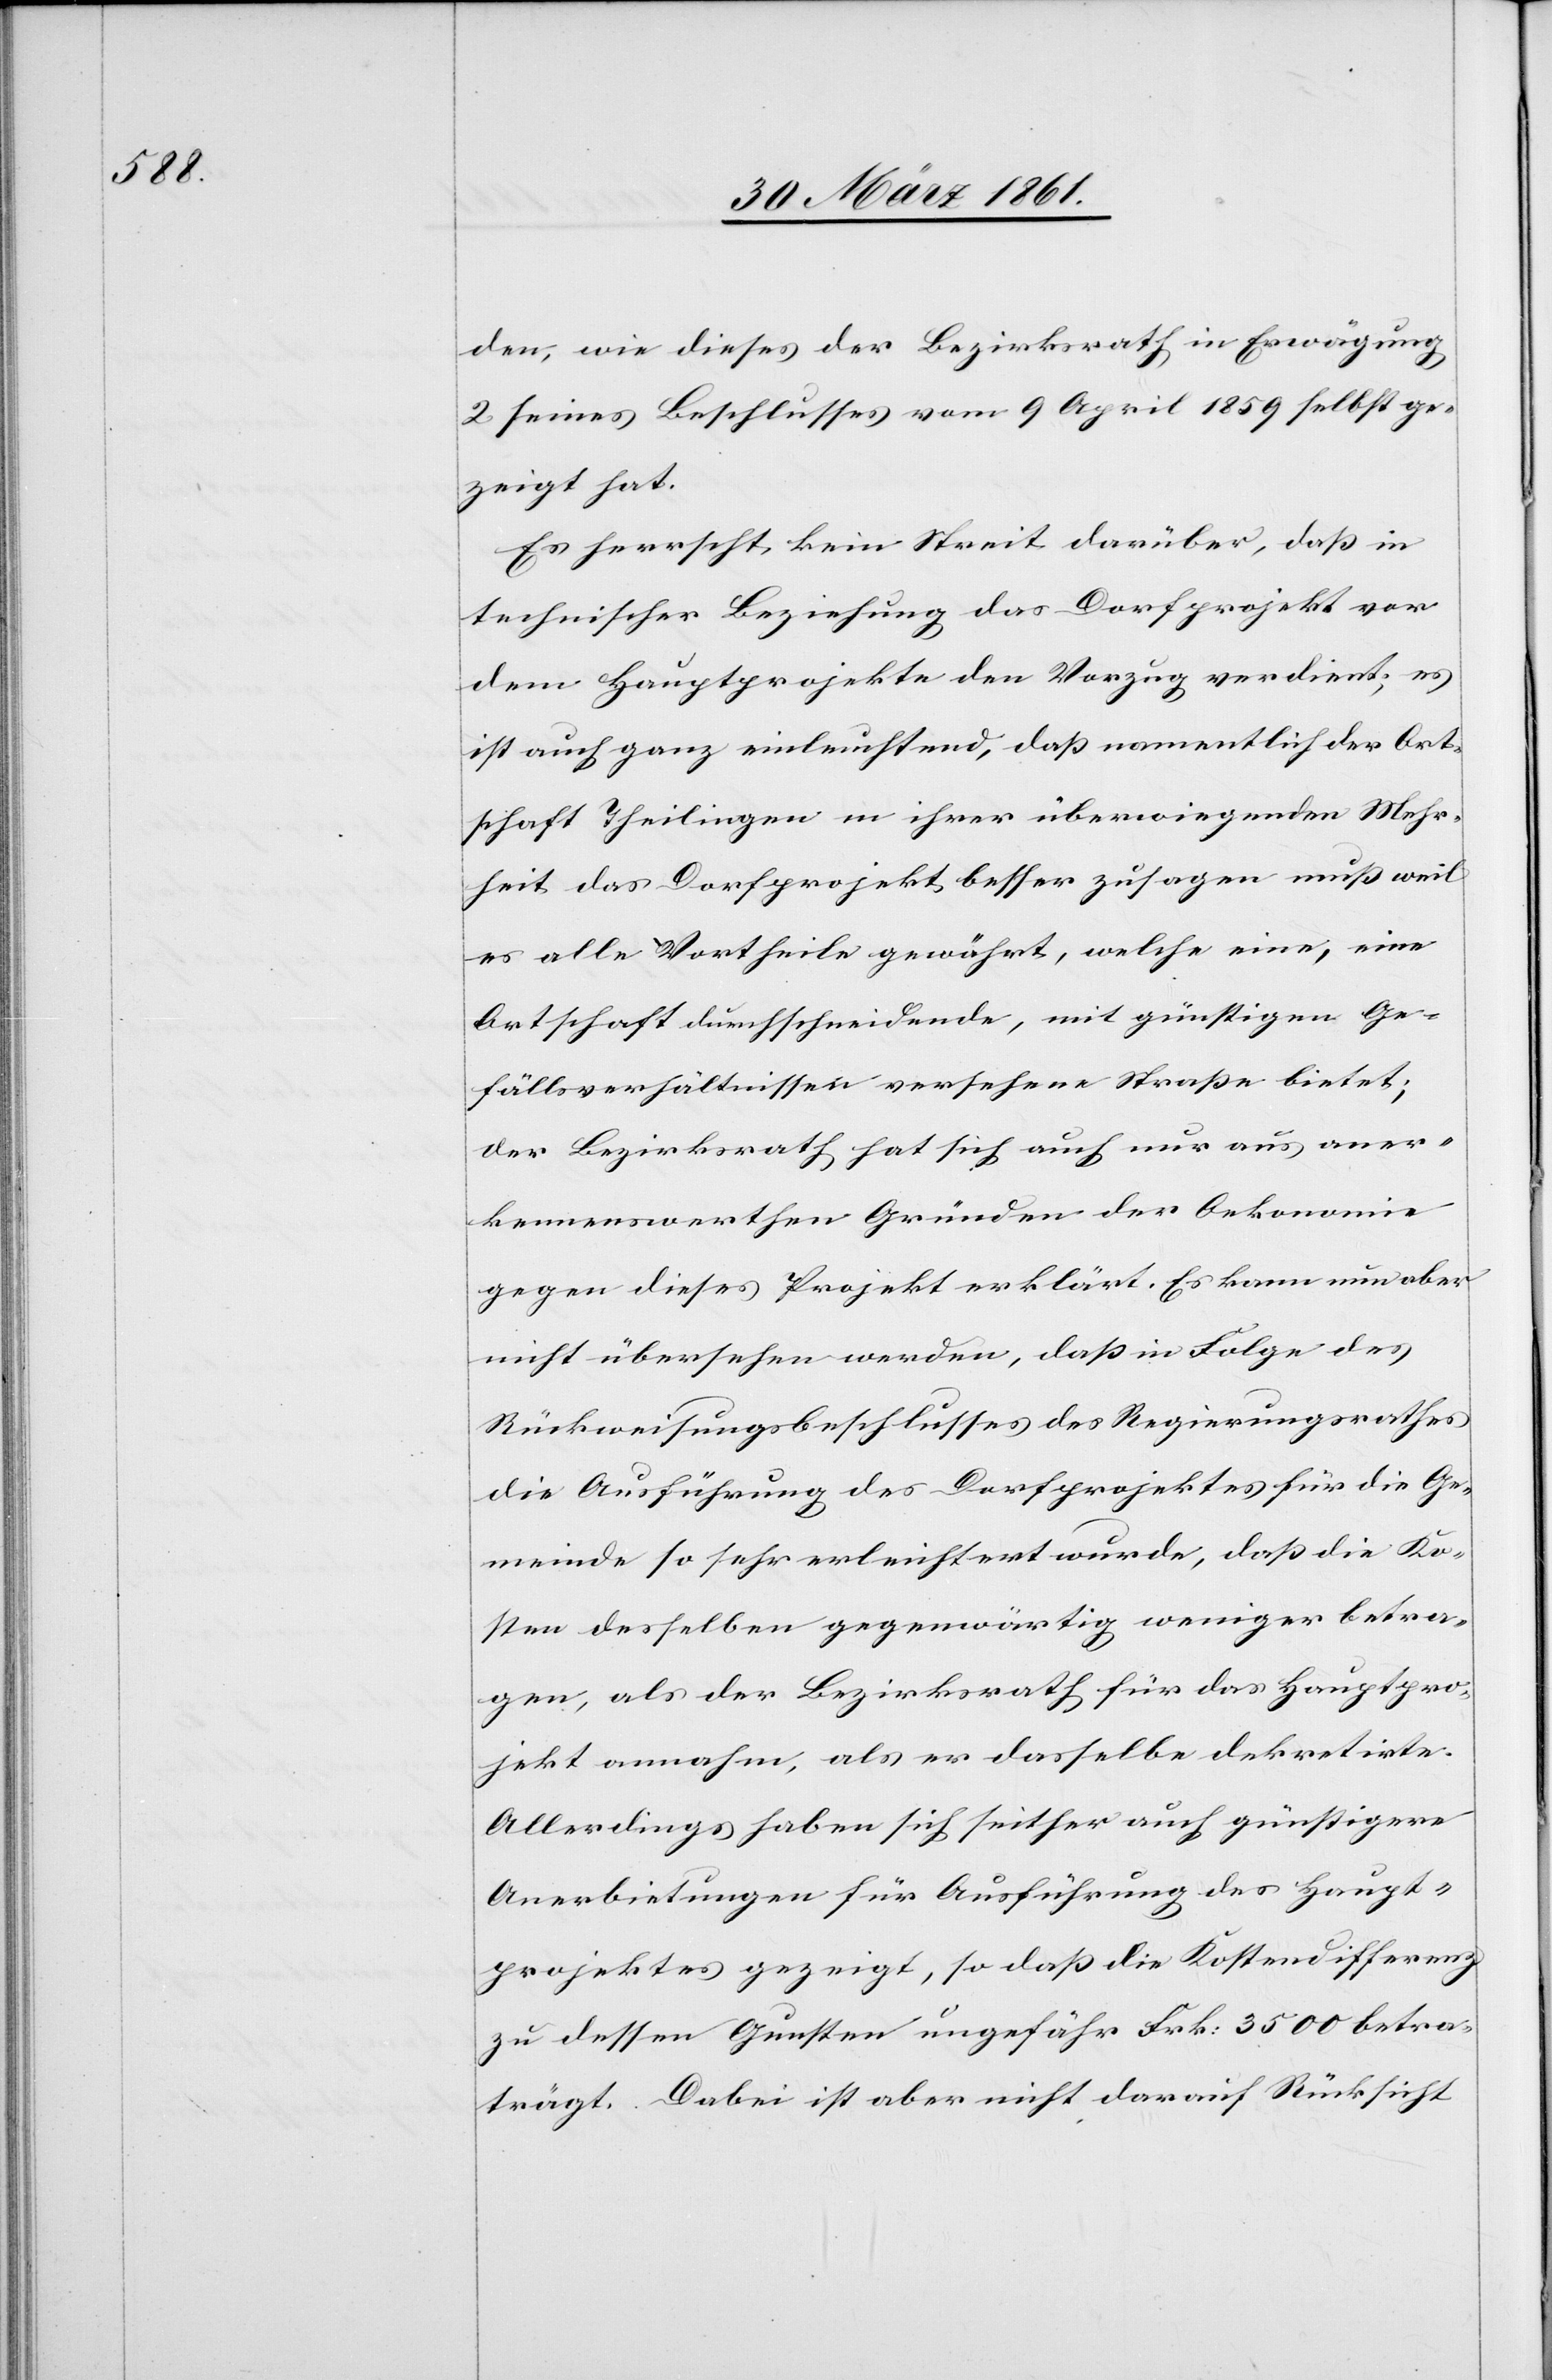
de, wie dieses der Bezirksrath in Erwägung
2 seines Beschlusses vom 9. April 1859 selbst ge¬
zeigt hat.
Es herrscht kein Streit darüber, daß in
technischer Beziehung das Dorfprojekt vor
dem Hauptprojekte den Vorzug verdient, es
ist auch ganz einleuchtend, daß namentlich der Ort¬
schaft Theilingen in ihrer überwiegenden Mehr¬
heit das Dorfprojekt besser zusagen muß weil
es alle Vortheile gewährt, welche eine, eine
Ortschaft durchschneidende, mit günstigen Ge¬
fällsverhältnissen versehene Straße bietet;
der Bezirksrath hat sich auch nur aus aner¬
kennenswerthen Gründen der Oekonomie
gegen dieses Projekt erklärt. Es kann nun aber
nicht übersehen werden, daß in Folge des
Rückweisungsbeschlusses des Regierungsrathes
die Ausführung des Dorfprojektes für die Ge¬
meinde so sehr erleichtert wurde, daß die Ko¬
sten desselben gegenwärtig weniger betra¬
gen, als der Bezirksrath für das Hauptpro¬
jekt annahm, als er dasselbe dekretirte.
Allerdings haben sich seither auch günstigere
Anerbietungen für Ausführung des Haupt¬
projektes gezeigt, so daß die Kostendifferenz
zu dessen Gunsten ungefähr Frk: 3500 betra¬
trägt [sic!]. Dabei ist aber nicht darauf Rücksicht